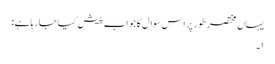
یہاں مختصر طور پر اس سوال کا جواب پیش کیاجارہاہے :
١۔